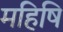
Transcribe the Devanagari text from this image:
महिषि